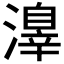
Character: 𣿒